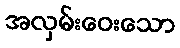
အလှမ်းဝေးသော